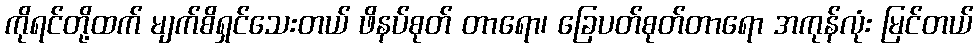
ကိုရင်တို့ထက် မျက်စိရှင်သေးတယ် ဖိနပ်စုတ် တာရော၊ ခြေပတ်စုတ်တာရော အကုန်လုံး မြင်တယ်